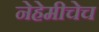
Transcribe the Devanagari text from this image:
नेहेमीचेच